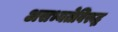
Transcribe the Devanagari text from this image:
असभ्यतेविरूद्ध